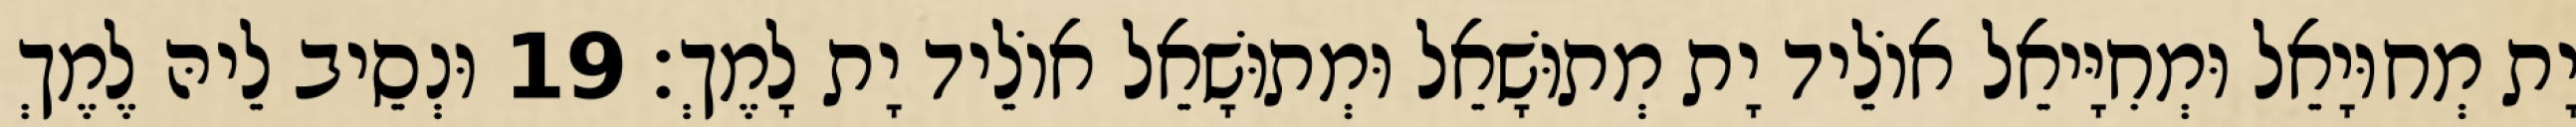
יָת מְחוּיָאֵל וּמְחִיָּיאֵל אוֹלֵיד יָת מְתוּשָׁאֵל וּמְתוּשָׁאֵל אוֹלֵיד יָת לָמֶךְ׃ 19 וּנְסֵיב לֵיהּ לֶמֶךְ